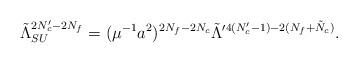
LaTeX: \begin{align*} \tilde{\Lambda}_{SU}^{2N_c'-2N_f}=(\mu^{-1}a^2)^{2N_f-2N_c} \tilde{\Lambda}^{\prime 4(N_c'-1)-2(N_f+\tilde{N}_c)}.\end{align*}